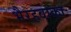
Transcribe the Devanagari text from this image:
भैरहवाका